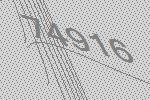
74916